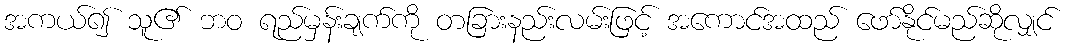
အကယ်၍ သူ၏ ဘဝ ရည်မှန်းချက်ကို တခြားနည်းလမ်းဖြင့် အကောင်အထည် ဖော်နိုင်မည်ဆိုလျှင်